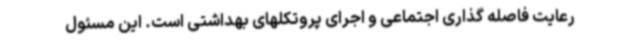
رعایت فاصله گذاری اجتماعی و اجرای پروتکلهای بهداشتی است. این مسئول